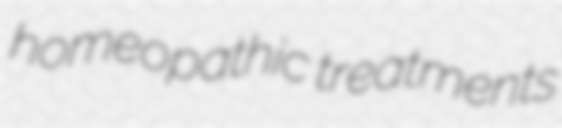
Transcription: homeopathic treatments